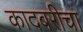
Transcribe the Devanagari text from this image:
कादबरीचा